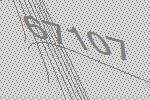
67107